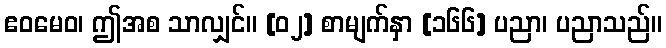
ဧဝမေဝ၊ ဤအစ သာလျှင်။ [၀၂] စာမျက်နှာ [၁၆၆] ပညာ၊ ပညာသည်။